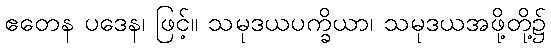
ဧတေန ပဒေန၊ ဖြင့်။ သမုဒယပက္ခိယာ၊ သမုဒယအဖို့တို့၌